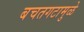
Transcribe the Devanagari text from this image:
बचतगटामुळे